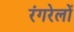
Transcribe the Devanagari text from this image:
रंगरेलों